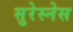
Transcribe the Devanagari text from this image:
सुरेस्नेस